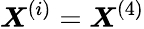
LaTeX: \boldsymbol{X}^{(i)}=\boldsymbol{X}^{(4)}